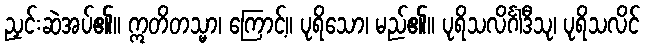
ညှင်းဆဲအပ်၏။ ဣတိတသ္မာ၊ ကြောင့်။ ပုရိသော၊ မည်၏။ ပုရိသလိင်္ဂါဒီသု၊ ပုရိသလိင်